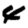
Digit: 4